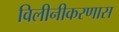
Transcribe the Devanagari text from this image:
विलीनीकरणास